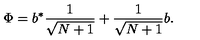
\Phi = b ^ { * } \frac { 1 } { \sqrt { N + 1 } } + \frac { 1 } { \sqrt { N + 1 } } b .